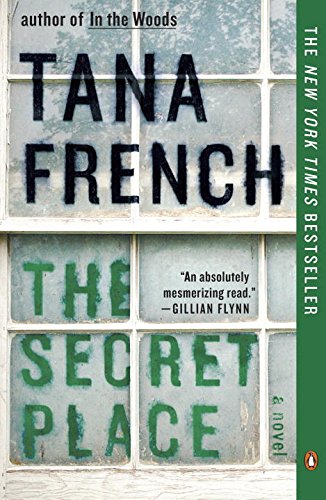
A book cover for The Secret Place: A Novel; Tana French; Mystery, Thriller & Suspense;